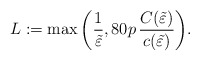
\begin{align*}L:=\max\bigg(\frac{1}{\tilde \varepsilon},80p\, \frac{ C( \tilde{\varepsilon}) }{ c(\tilde{\varepsilon})}\bigg).\end{align*}